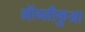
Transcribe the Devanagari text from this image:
ऑब्लीकुआ